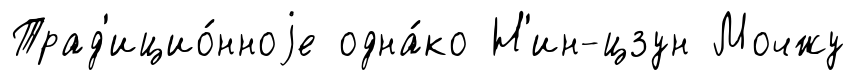
Трад'ицио́нноjе одна́ко Н'ин-цзун Мочжу